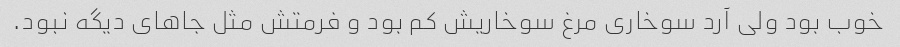
خوب بود ولی آرد سوخاری مرغ سوخاریش کم بود و فرمتش مثل جاهای دیگه نبود.